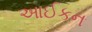
આઈકન